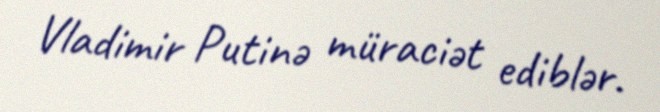
Vladimir Putinə müraciət ediblər.